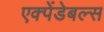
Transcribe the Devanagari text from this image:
एक्पेंडेबल्स